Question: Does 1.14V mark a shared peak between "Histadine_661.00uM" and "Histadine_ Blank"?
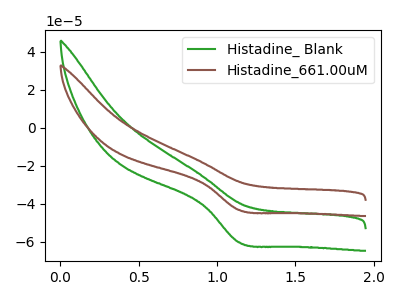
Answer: <think>The green curve "Histadine_ Blank" has a cathodic peak at: (1.15V, -60.20uA). The brown curve "Histadine_661.00uM" has a cathodic peak at: (1.15V, -43.15uA).</think>
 <answer>Yes, "Histadine_661.00uM" and "Histadine_ Blank" share a peak at 1.14V.</answer>
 <eval>match</eval>